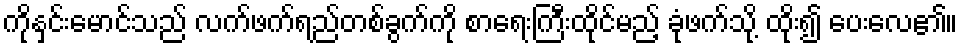
ကိုနှင်းမောင်သည် လက်ဖက်ရည်တစ်ခွက်ကို စာရေးကြီးထိုင်မည့် ခုံဖက်သို့ ထိုး၍ ပေးလေ၏။